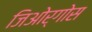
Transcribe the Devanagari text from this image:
जिओर्गोस